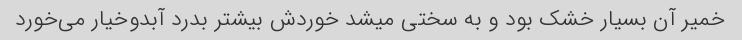
خمیر آن بسیار خشک بود و به سختی میشد خوردش بیشتر بدرد آبدوخیار می‌خورد